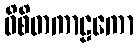
ဝိစိတကာဠကော